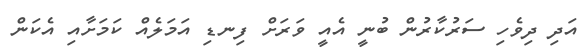
އަދި ދިވެހި ސަރުކާރުން ބުނީ އެއީ ވަރަށް ފިނޑި އަމަލެއް ކަމަށާއި އެކަން